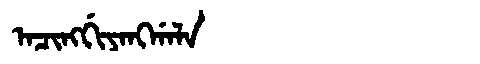
Manchu: ᠠᠴᡳᠩᡤᡳᠶᠠᠩᡤᠠᠯᠠ
Romanization: ACINGGIYANGGALA